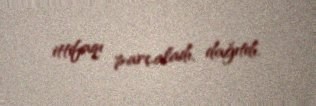
ittifaqı parçaladı, dağıtdı.